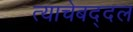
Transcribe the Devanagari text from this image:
त्याचेबद्दल